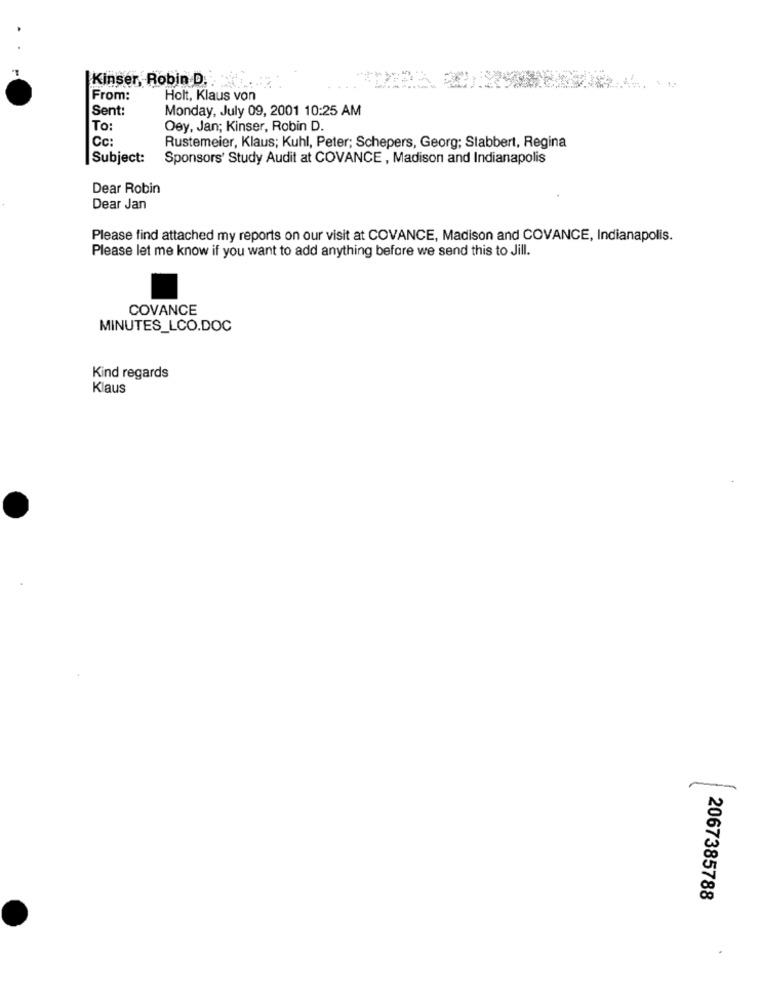
Kinser, Robin D.
From:
Holt, Klaus von
Sent:
Monday, July 09, 2001 10:25 AM
To:
Oey, Jan; Kinser, Robin D.
Cc:
Rustemeier, Klaus; Kuhl, Peter; Schepers, Georg; Stabbert, Regina
Subject:
Sponsors' Study Audit at COVANCE , Madison and Indianapolis
Dear Robin
Dear Jan
Please find attached my reports on our visit at COVANCE, Madison and COVANCE, Indianapolis.
Please let me know if you want to add anything before we send this to Jill.
COVANCE
MINUTES_LCO.DOC
Kind regards
Klaus
-
2067385788